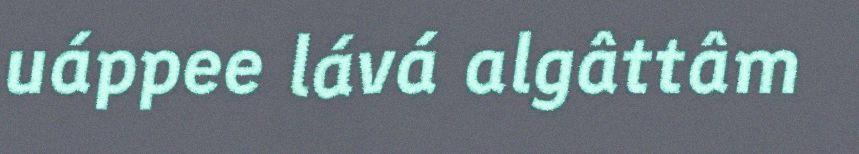
uáppee lává algâttâm